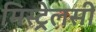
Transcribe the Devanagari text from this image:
मिस्ट्रेलसी